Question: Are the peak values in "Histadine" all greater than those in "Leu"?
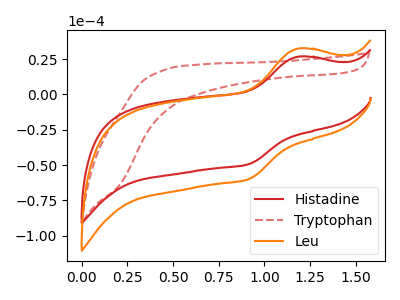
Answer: <think>The red curve "Histadine" has an anodic peak at (1.20V, 26.75uA) and a cathodic peak at (0.90V, -49.25uA). The red dashed curve "Tryptophan" has no peaks. The orange curve "Leu" has an anodic peak at (1.20V, 32.45uA) and a cathodic peak at (0.90V, -59.75uA).</think>
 <answer>Every peak in "Histadine" is lower than every peak in "Leu".</answer>
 <eval>lower</eval>